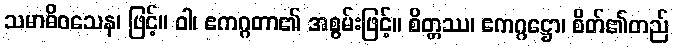
သမာဓိဝသေန၊ ဖြင့်။ ဝါ၊ ဧကဂ္ဂတာ၏ အစွမ်းဖြင့်။ စိတ္တဿ၊ ဧကဂ္ဂဋ္ဌော၊ စိတ်၏တည်